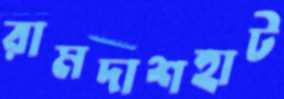
রামদাশহাট